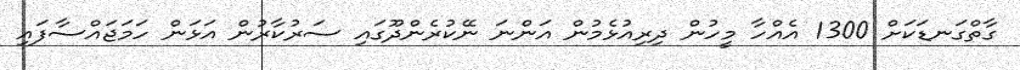
ގާތްގަނޑަކަށް 1300 އެއްހާ މީހުން ދިރިއުޅެމުން އަންނަ ނޭކުރެންދޫގައި ސަރުކާރުން އަޅަން ހަމަޖައްސާފައި